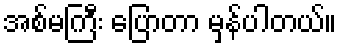
အစ်မကြီး ပြောတာ မှန်ပါတယ်။